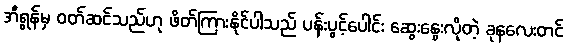
အီရွန်မှ ဝတ်ဆင်သည်ဟု ဖိတ်ကြားနိုင်ပါသည် ပန်းပွင့်ပေါင်း ဆွေးနွေးလိုတဲ့ ခုနလေးတင်